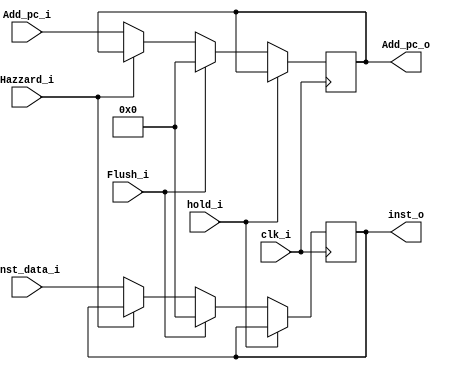
module IF_ID(
    clk_i,
    Add_pc_i,
    Hazzard_i,
    inst_data_i,
    Flush_i,
    Add_pc_o,
    inst_o,
    hold_i
);

input	clk_i, Hazzard_i, Flush_i, hold_i;
input	[31:0]	Add_pc_i, inst_data_i;
output 	reg	[31:0]	Add_pc_o, inst_o;

initial begin
	Add_pc_o = 0;
	inst_o = 0;
end

always@(posedge clk_i) begin
	if(hold_i) begin
		Add_pc_o <= Add_pc_o;
		inst_o <= inst_o;
	end
	else begin
		Add_pc_o <= Flush_i ? 0 : Hazzard_i ? Add_pc_o : Add_pc_i;
    	inst_o <= Flush_i ? 0 : Hazzard_i ? inst_o : inst_data_i;
	end
end
    
endmodule